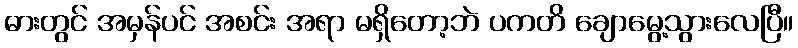
ဓားတွင် အမှန်ပင် အစင်း အရာ မရှိတော့ဘဲ ပကတိ ချောမွေ့သွားလေပြီ။